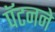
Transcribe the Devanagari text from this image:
पॅटनने